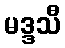
မဒ္ဒသီ